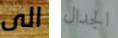
الى الجدال